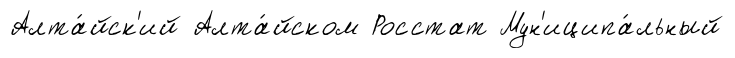
Алта́йск'ий Алта́йском Росстат Мун'иципа́льный